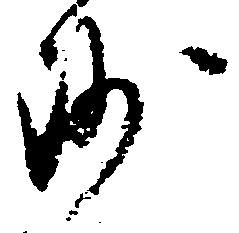
沙